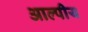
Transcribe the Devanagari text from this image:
आल्पीय